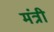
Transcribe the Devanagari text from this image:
मंत्री